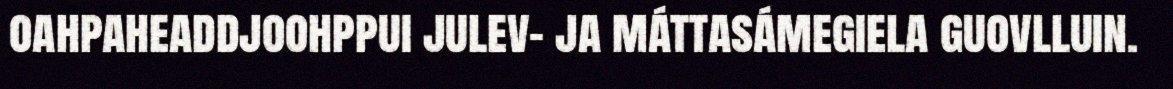
oahpaheaddjoohppui julev- ja máttasámegiela guovlluin.